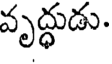
వృద్ధుడు.